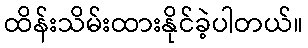
ထိန်းသိမ်းထားနိုင်ခဲ့ပါတယ်။